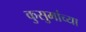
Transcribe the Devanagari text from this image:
कुसुमांच्या